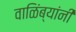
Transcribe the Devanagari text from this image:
वाळिंब्यांनी